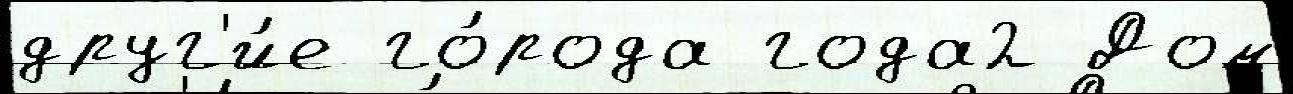
друг'и́е го́рода года2 Дом